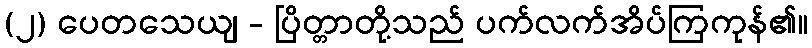
(၂) ပေတသေယျ - ပြိတ္တာတို့သည် ပက်လက်အိပ်ကြကုန်၏။